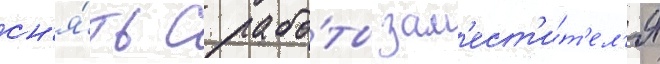
сн'я́ть с рабо́ты зам'ест'и́т'ел'я